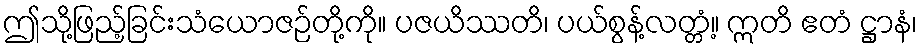
ဤသို့ဖြည့်ခြင်းသံယောဇဉ်တို့ကို။ ပဇယိဿတိ၊ ပယ်စွန့်လတ္တံ့။ ဣတိ ဧတံ ဋ္ဌာနံ၊